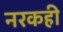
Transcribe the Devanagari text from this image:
नरकही